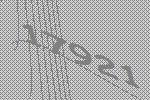
17921